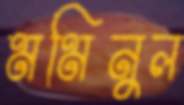
মমিনুল